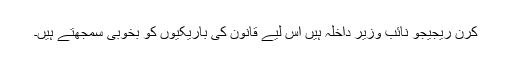
کرن ریجیجو نائب وزیر داخلہ ہیں اس لیے قانون کی باریکیوں کو بخوبی سمجھتے ہیں۔